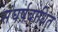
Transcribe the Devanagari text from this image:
संघर्षबाधित